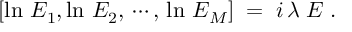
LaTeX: [ \ln \, E _ { 1 } , \ln \, E _ { 2 } , \, \cdots , \, \ln \, E _ { M } ] \; = \; i \, \lambda \; E \; .